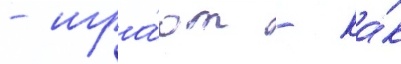
- игра́ют - ка́к